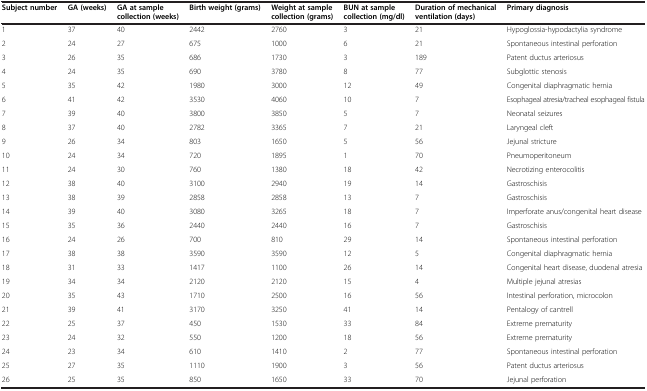
<table><thead><tr><td><b>Subject number</b></td><td><b>GA (weeks)</b></td><td><b>GA at sample collection (weeks)</b></td><td><b>Birth weight (grams)</b></td><td><b>Weight at sample collection (grams)</b></td><td><b>BUN at sample collection (mg/dl)</b></td><td><b>Duration of mechanical ventilation (days)</b></td><td><b>Primary diagnosis</b></td></tr></thead><tbody><tr><td>1</td><td>37</td><td>40</td><td>2442</td><td>2760</td><td>3</td><td>21</td><td>Hypoglossia-hypodactylia syndrome</td></tr><tr><td>2</td><td>24</td><td>27</td><td>675</td><td>1000</td><td>6</td><td>21</td><td>Spontaneous intestinal perforation</td></tr><tr><td>3</td><td>26</td><td>35</td><td>686</td><td>1730</td><td>3</td><td>189</td><td>Patent ductus arteriosus</td></tr><tr><td>4</td><td>24</td><td>35</td><td>690</td><td>3780</td><td>8</td><td>77</td><td>Subglottic stenosis</td></tr><tr><td>5</td><td>35</td><td>42</td><td>1980</td><td>3000</td><td>12</td><td>49</td><td>Congenital diaphragmatic hernia</td></tr><tr><td>6</td><td>41</td><td>42</td><td>3530</td><td>4060</td><td>10</td><td>7</td><td>Esophageal atresia/tracheal esophageal fistula</td></tr><tr><td>7</td><td>39</td><td>40</td><td>3800</td><td>3850</td><td>5</td><td>7</td><td>Neonatal seizures</td></tr><tr><td>8</td><td>37</td><td>40</td><td>2782</td><td>3365</td><td>7</td><td>21</td><td>Laryngeal cleft</td></tr><tr><td>9</td><td>26</td><td>34</td><td>803</td><td>1650</td><td>5</td><td>56</td><td>Jejunal stricture</td></tr><tr><td>10</td><td>24</td><td>34</td><td>720</td><td>1895</td><td>1</td><td>70</td><td>Pneumoperitoneum</td></tr><tr><td>11</td><td>24</td><td>30</td><td>760</td><td>1380</td><td>18</td><td>42</td><td>Necrotizing enterocolitis</td></tr><tr><td>12</td><td>38</td><td>40</td><td>3100</td><td>2940</td><td>19</td><td>14</td><td>Gastroschisis</td></tr><tr><td>13</td><td>38</td><td>39</td><td>2858</td><td>2858</td><td>13</td><td>7</td><td>Gastroschisis</td></tr><tr><td>14</td><td>39</td><td>40</td><td>3080</td><td>3265</td><td>18</td><td>7</td><td>Imperforate anus/congenital heart disease</td></tr><tr><td>15</td><td>35</td><td>36</td><td>2440</td><td>2440</td><td>16</td><td>7</td><td>Gastroschisis</td></tr><tr><td>16</td><td>24</td><td>26</td><td>700</td><td>810</td><td>29</td><td>14</td><td>Spontaneous intestinal perforation</td></tr><tr><td>17</td><td>38</td><td>38</td><td>3590</td><td>3590</td><td>12</td><td>5</td><td>Congenital diaphragmatic hernia</td></tr><tr><td>18</td><td>31</td><td>33</td><td>1417</td><td>1100</td><td>26</td><td>14</td><td>Congenital heart disease, duodenal atresia</td></tr><tr><td>19</td><td>34</td><td>34</td><td>2120</td><td>2120</td><td>15</td><td>4</td><td>Multiple jejunal atresias</td></tr><tr><td>20</td><td>35</td><td>43</td><td>1710</td><td>2500</td><td>16</td><td>56</td><td>Intestinal perforation, microcolon</td></tr><tr><td>21</td><td>39</td><td>41</td><td>3170</td><td>3250</td><td>41</td><td>14</td><td>Pentalogy of cantrell</td></tr><tr><td>22</td><td>25</td><td>37</td><td>450</td><td>1530</td><td>33</td><td>84</td><td>Extreme prematurity</td></tr><tr><td>23</td><td>24</td><td>32</td><td>550</td><td>1200</td><td>18</td><td>56</td><td>Extreme prematurity</td></tr><tr><td>24</td><td>23</td><td>34</td><td>610</td><td>1410</td><td>2</td><td>77</td><td>Spontaneous intestinal perforation</td></tr><tr><td>25</td><td>27</td><td>35</td><td>1110</td><td>1900</td><td>3</td><td>56</td><td>Patent ductus arteriosus</td></tr><tr><td>26</td><td>25</td><td>35</td><td>850</td><td>1650</td><td>33</td><td>70</td><td>Jejunal perforation</td></tr></tbody></table>